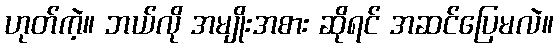
ဟုတ်ကဲ့။ ဘယ်လို အမျိုးအစား ဆိုရင် အဆင်ပြေမလဲ။